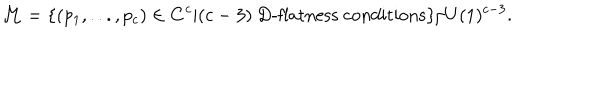
{ \cal M } = \{ ( p _ { 1 } , . . . , p _ { c } ) \in { \bf C } ^ { c } | ( c - 3 ) \; \mathrm { D - f l a t n e s s ~ c o n d i t i o n s } \} / U ( 1 ) ^ { c - 3 } .